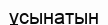
ұсынатын